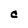
Character: C